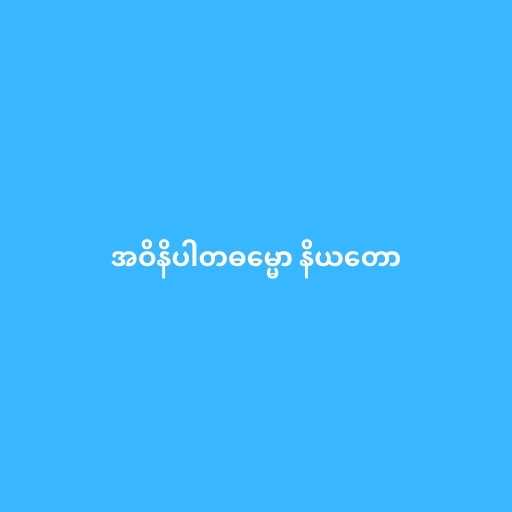
အဝိနိပါတဓမ္မော နိယတော